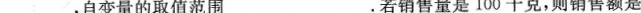
___，自变量的取值范围___.若销售量是100千克，则销售额是